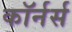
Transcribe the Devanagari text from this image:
कॉर्नर्स